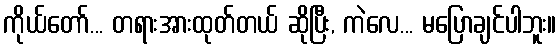
ကိုယ်တော်... တရားအားထုတ်တယ် ဆိုပြီး, ကဲလေ... မပြောချင်ပါဘူး။